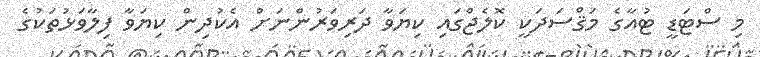
މި ސްޓަޑީ ޓުއާގެ މަޤްސަދަކީ ކޮލެޖްގައި ކިޔަވާ ދަރިވަރުންނަށް އެކުދިން ކިޔަވާ ފިލާވަޅުތަކުގެ